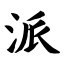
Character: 派